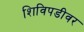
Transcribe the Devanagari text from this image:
शिविपडीवर